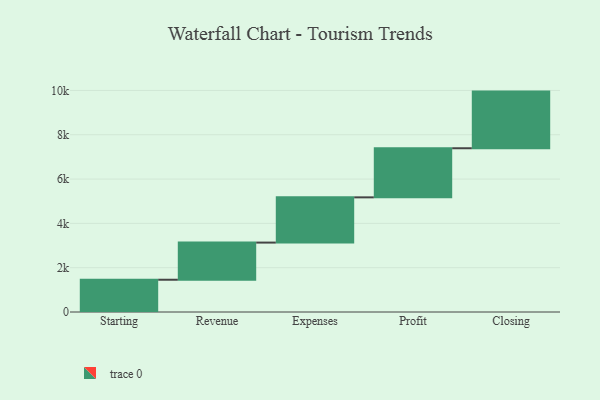
{"axis": {"x": "Step", "y": "Value"}, "legend": [""], "data": [{"x": "Starting", "y": 1456.0, "type": ""}, {"x": "Revenue", "y": 1677.0, "type": ""}, {"x": "Expenses", "y": 2042.0, "type": ""}, {"x": "Profit", "y": 2216.0, "type": ""}, {"x": "Closing", "y": 2557.0, "type": ""}]}